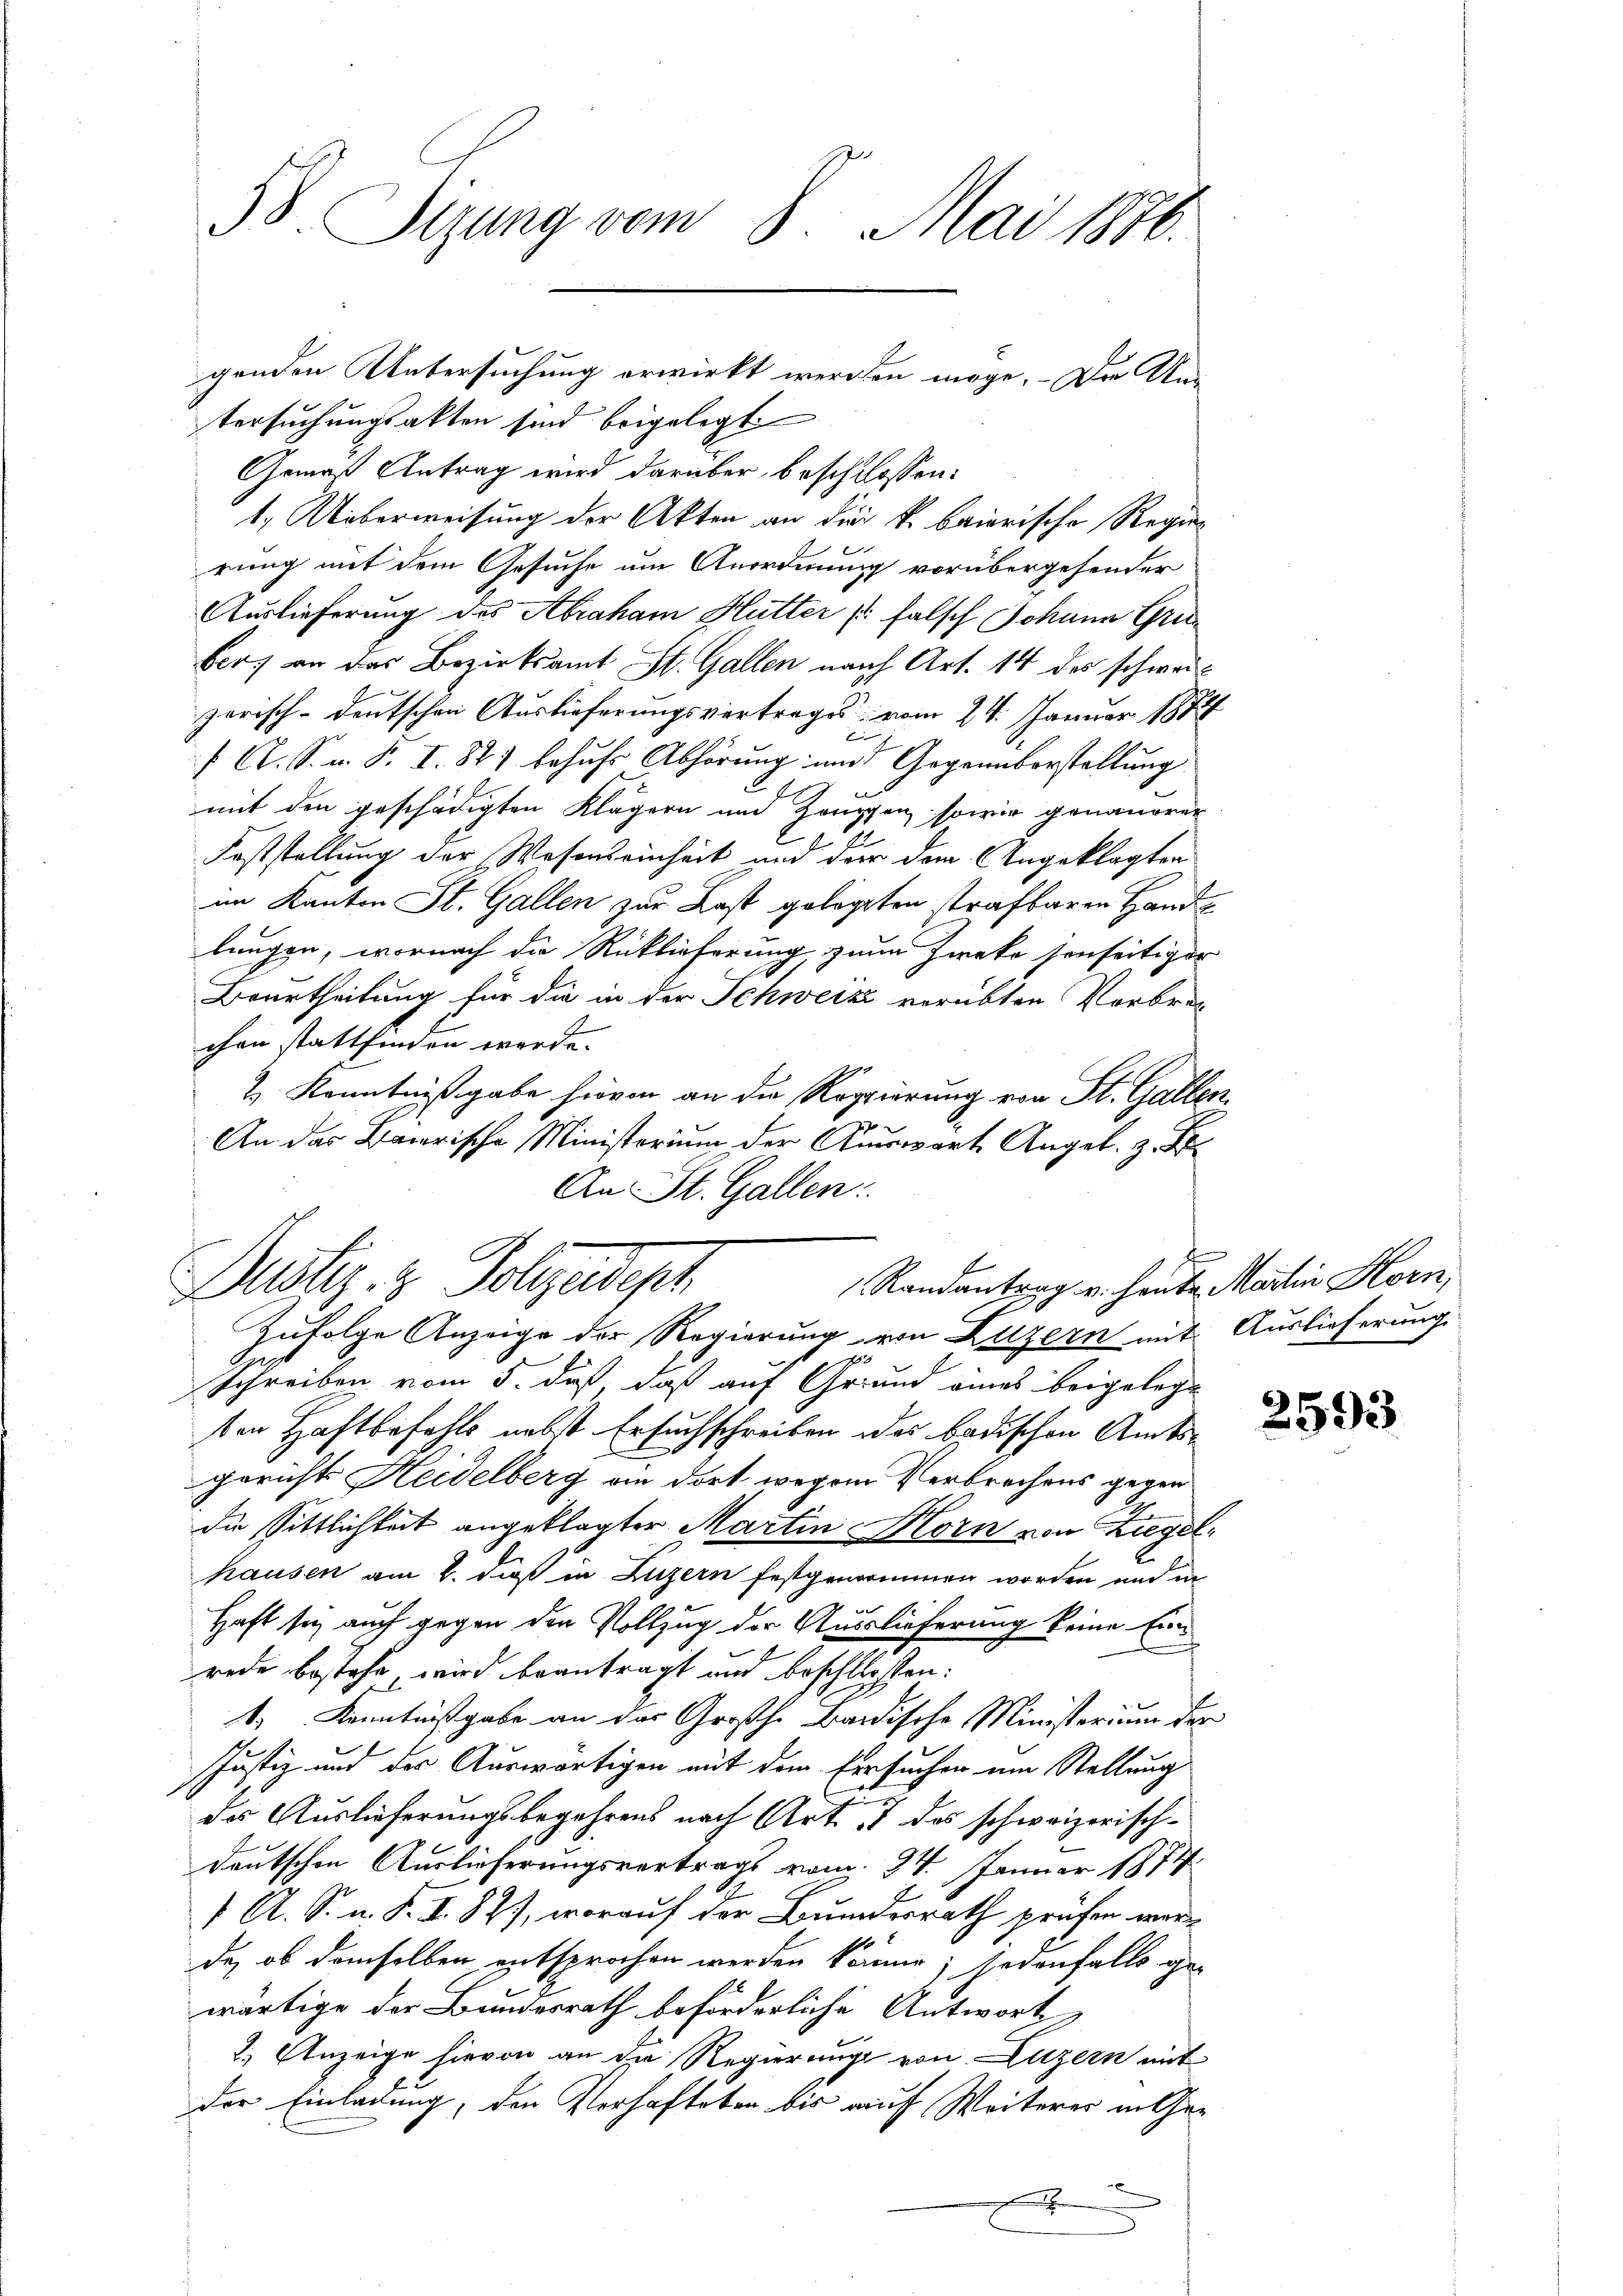
38. Sizung vom 8. Mai 1876.
genden Untersuchung erwirkt werden möge. Die Un¬

tersuchungsakten sind beigelegt
Gemas Antrag wird darüber beschlossen:
1. Ueberweisung der Akten an die k. baierische Regier
rung mit dem Gesuche um Anordnung vorübergehender
Auslieferung des Abraham Hutter (: falsch Johann Gru
bers an das Bezirksamt St. Gallen nach Art. 14 des schweizerisch-deutschen Auslieferungsvertrages vom 24. Januar 1882

 C. S. z. B. I. 827 behufs Abhörung und Gegenüberstellung
mit den geschädigten Klägern und Zanggen, sowie genauerer
Feststellung der Wesenseinheit und der dem Angeklagten
im Kanton St. Gallen zur Last gelegten trafbaren Hande
lungen, wornach die Rücklieferung, zum Zweko senseitiger
Beurtheilung für die in der Schweiz verübten Verbrec
chen stattfinden werde.
2. Kenntnißgabe hievon an die Regierung von St. Gallen,
An das Barrische Ministerium der Auswart Angel. z. B.
An St. Gallen:

Zufolge Anzeige der Regierung von Luzern mit Auslieferung
 20
Schreiben vom 5. daß, daß auf Grund eines beigelege
ten Haftbefehls nebst Ersuchschreiben das badischen Amtsgericht Heidelberg an dort wegen Verbrechens gegen
die sittlichkeit angeklagter Martin Horn von Ziegelhausen am 2. daß in Luzern festgenommen worden und in
Haft sie auch gegen den Vollzug der Auslieferung keine Einrede bestehe, wird beantragt und beschlossen:
t. Kenntnißgabe an das Großh. Bandische Ministerium der
Justiz und der Auswärtigen mit dem Ersuchen um Stellung
das Auslieferungsbegehrens nach Art. 17 das schweizerisch-
deutschen Auslieferungsvertrags vom 24. Januar 1874.
1 A. S. n. F. I 87), worauf der Bundesrath prüfen werde, ob demselben entsprochen werden können; jedenfalls ge-
wärtige der Bundesrath beförderliche Antwort
2.) Anzeige hievon an die Regierung von Luzern mit
der Einladung, den Verhafteten bis auf Weiterer in Ge¬
.

Randantrag v. heute Martin Horn,
Dustiz- & Polizeadept

2593